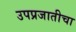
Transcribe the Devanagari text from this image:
उपप्रजातीचा